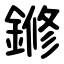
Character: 鎀